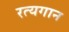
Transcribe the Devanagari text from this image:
रत्यगान